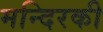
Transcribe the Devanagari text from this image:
मन्दिरकी